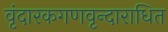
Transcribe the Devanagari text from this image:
वृंदारकगणवृन्दाराधित